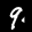
Label: 9